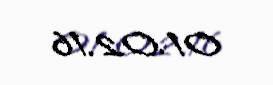
01.02.16